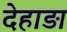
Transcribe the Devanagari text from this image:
देहाड़ा